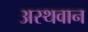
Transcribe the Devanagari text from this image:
अस्थवान